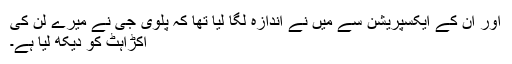
اور ان کے ایکسپریشن سے میں نے اندازہ لگا لیا تھا کہ پلوی جی نے میرے لن کی
اکڑاہٹ کو دیکھ لیا ہے۔